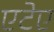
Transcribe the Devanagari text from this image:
एटेए